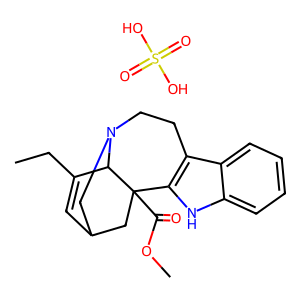
SMILES: CCC1=CC2CN3CCc4c([nH]c5ccccc45)C(C(=O)OC)(C2)C13.O=S(=O)(O)O
Inhibits HIV replication: No